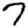
Digit: 7